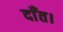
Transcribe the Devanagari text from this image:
दाँत।